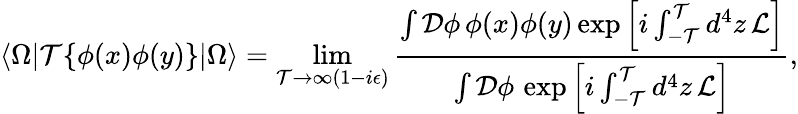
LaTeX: \langle\Omega|\mathcal{T}\{ \phi(x)\phi(y)\} |\Omega\rangle=\operatorname*{lim}_{\mathcal{T}\to\infty(1-i\epsilon)}{\frac{{\int{\mathcal{{D}}}\phi\, \phi(x)\phi(y)\exp\left[i\int_{-\mathcal{T}}^{\mathcal{T}}d^{4}z\, {\mathcal{{L}}}\right]}}{{\int{\mathcal{{D}}}\phi\, \exp\left[i\int_{-\mathcal{T}}^{\mathcal{T}}d^{4}z\, {\mathcal{{L}}}\right]}}},